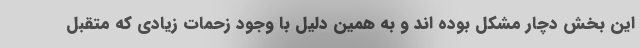
این بخش دچار مشکل بوده اند و به همین دلیل با وجود زحمات زیادی که متقبل